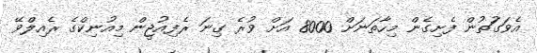
އެވަގަުތުން ފެށިގެން މިހާތަނަށް 8000 އަށް ވުރެ ގިނަ ރެފިއުޖީން މިއުނިކްގެ ރެއިލްވޭ